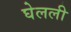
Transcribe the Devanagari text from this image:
घेलली